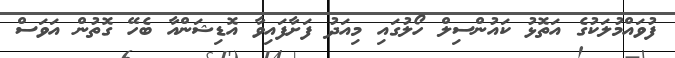
ފުވައްމުލަކުގެ އަތޮޅު ކައުންސިލް ހޯލުގައި މިއަދު ފަށާފައިވާ އޮޑިޝަންއާ ބެހޭ ގޮތުން އަވަސް